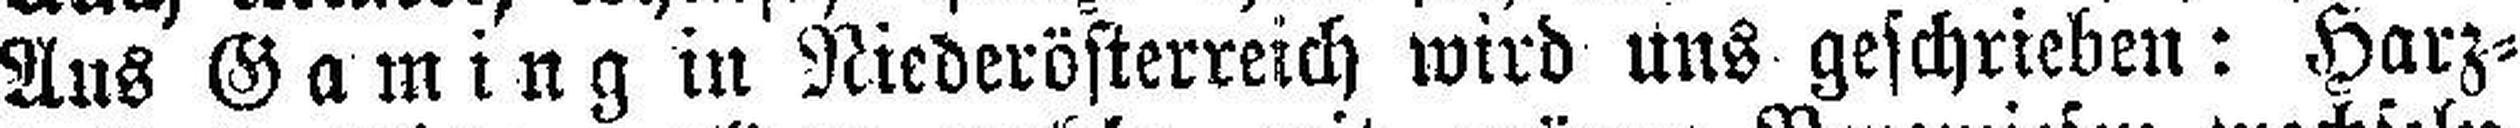
Aus Gaming in Niederösterreich wird uns geschrieben: Harz¬